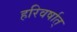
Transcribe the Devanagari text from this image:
हरिवर्षात्